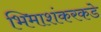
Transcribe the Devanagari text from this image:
भिमाशंकरकडे